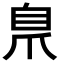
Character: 𮍕